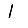
Digit: 1